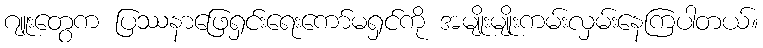
ဂျူးတွေက ပြဿနာဖြေရှင်းရေးကော်မရှင်ကို အမျိုးမျိုးကမ်းလှမ်းနေကြပါတယ်။